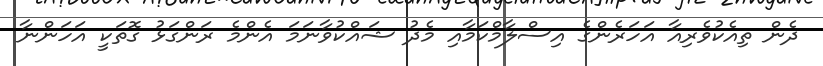
ދެން ތިއެކުވެރިއާ އަހަރެންގެ އިސްލާމްކަމާއި މެދު ޝައްކުވާނަމަ އެންމެ ރަންގަޅު ގޮތަކީ އަހަންނާ